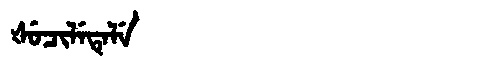
Manchu: ᡧᡠᠴᡳᠯᡝᡨᡝᠯᡝ
Romanization: ŠUCILETELE